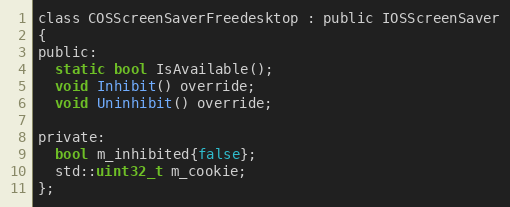
Language: C
class COSScreenSaverFreedesktop : public IOSScreenSaver
{
public:
  static bool IsAvailable();
  void Inhibit() override;
  void Uninhibit() override;

private:
  bool m_inhibited{false};
  std::uint32_t m_cookie;
};